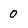
Character: 0